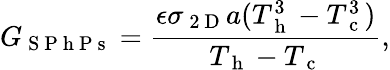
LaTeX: G_{\mathrm{~S~P~h~P~s~}}=\frac{\epsilon\sigma_{\mathrm{~2~D~}}a(T_{\mathrm{~h~}}^{3}-T_{\mathrm{~c~}}^{3})}{T_{\mathrm{~h~}}-T_{\mathrm{~c~}}}{,}